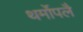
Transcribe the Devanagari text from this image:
थर्मोपलै